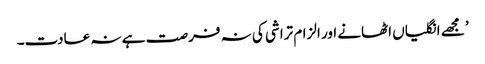
’ مجھے انگلیاں اٹھانے اور الزام تراشی کی نہ فرصت ہے نہ عادت۔